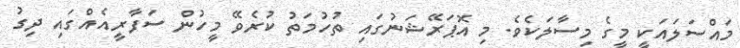
މައްސަލައަކީ މީގެ މިސާލަކެވެ. މި އޮޕަރޭޝަނުގައި ތުހުމަތު ކުރެވޭ މީހުން ސަފާރީއެއްގައި ދިގު